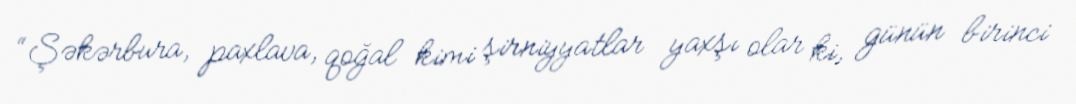
“Şəkərbura, paxlava, qoğal kimi şirniyyatlar yaxşı olar ki, günün birinci